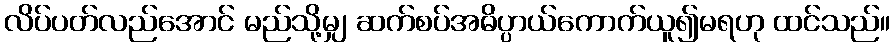
လိပ်ပတ်လည်အောင် မည်သို့မျှ ဆက်စပ်အဓိပ္ပာယ်ကောက်ယူ၍မရဟု ထင်သည်။